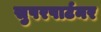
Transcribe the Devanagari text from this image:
सुपरपार्टनर